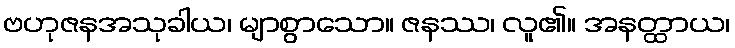
ဗဟုဇနအသုခါယ၊ မျာစွာသော။ ဇနဿ၊ လူ၏။ အနတ္ထာယ၊